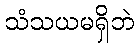
သံသယမရှိဘဲ